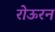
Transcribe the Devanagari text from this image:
रोऊरन